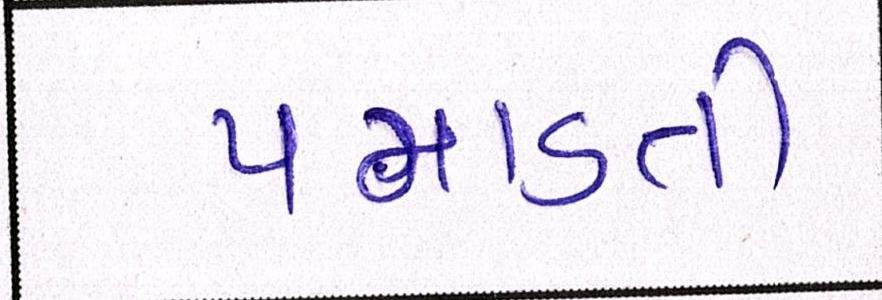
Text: પમાડતી